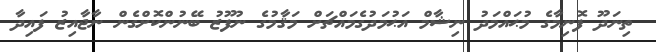
ތިނަދޫ ފޮނިމާގެ މުޙައްމަދު ނިޝާމް އަޙުމަދުގެމައްޗަށް މަޤާމުގެ ނުފޫޒު ބޭނުންކޮށްގެން ނާޖާއިޒު ފައިދާ